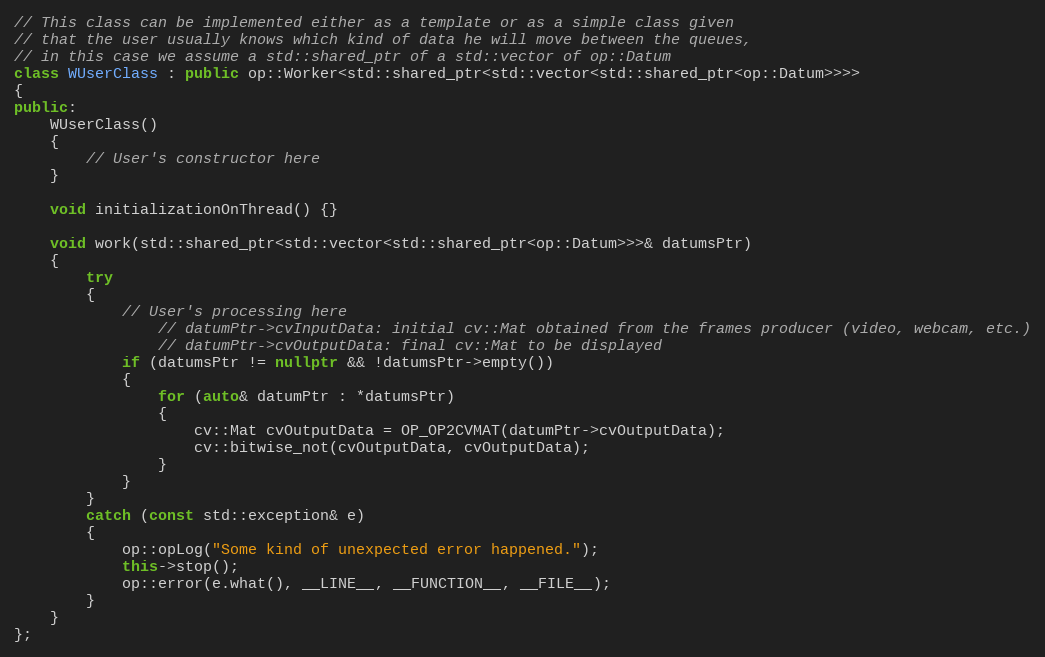
Language: C++
// This class can be implemented either as a template or as a simple class given
// that the user usually knows which kind of data he will move between the queues,
// in this case we assume a std::shared_ptr of a std::vector of op::Datum
class WUserClass : public op::Worker<std::shared_ptr<std::vector<std::shared_ptr<op::Datum>>>>
{
public:
    WUserClass()
    {
        // User's constructor here
    }

    void initializationOnThread() {}

    void work(std::shared_ptr<std::vector<std::shared_ptr<op::Datum>>>& datumsPtr)
    {
        try
        {
            // User's processing here
                // datumPtr->cvInputData: initial cv::Mat obtained from the frames producer (video, webcam, etc.)
                // datumPtr->cvOutputData: final cv::Mat to be displayed
            if (datumsPtr != nullptr && !datumsPtr->empty())
            {
                for (auto& datumPtr : *datumsPtr)
                {
                    cv::Mat cvOutputData = OP_OP2CVMAT(datumPtr->cvOutputData);
                    cv::bitwise_not(cvOutputData, cvOutputData);
                }
            }
        }
        catch (const std::exception& e)
        {
            op::opLog("Some kind of unexpected error happened.");
            this->stop();
            op::error(e.what(), __LINE__, __FUNCTION__, __FILE__);
        }
    }
};